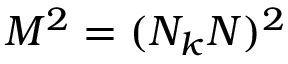
M ^ { 2 } = ( N _ { k } N ) ^ { 2 }